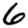
Digit: 6